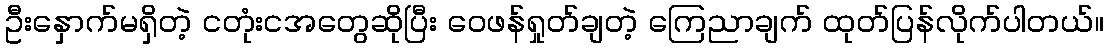
ဦးနှောက်မရှိတဲ့ ငတုံးငအတွေဆိုပြီး ဝေဖန်ရှုတ်ချတဲ့ ကြေညာချက် ထုတ်ပြန်လိုက်ပါတယ်။